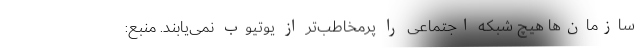
سازمان‌ها هیچ شبکه اجتماعی را پرمخاطب‌تر از یوتیوب نمی‌یابند. منبع: